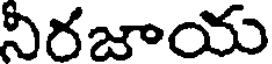
నిరజాయ